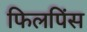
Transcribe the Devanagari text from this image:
फिलपिंस